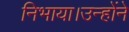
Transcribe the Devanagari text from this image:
निभाया।उन्होंने